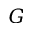
G